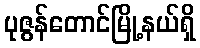
ပုဇွန်တောင်မြို့နယ်ရှိ